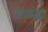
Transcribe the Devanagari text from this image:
क़ब्जा़